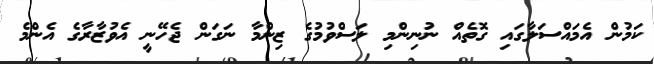
ކަމުން އެމައްސަލާގައި ގޮތެއް ނުނިންމި ލަސްވުމުގެ ޒިންމާ ނަގަން ޖެހޭނީ އެވުޒާރާގެ އެންމެ